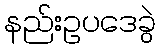
နည်းဥပဒေခွဲ